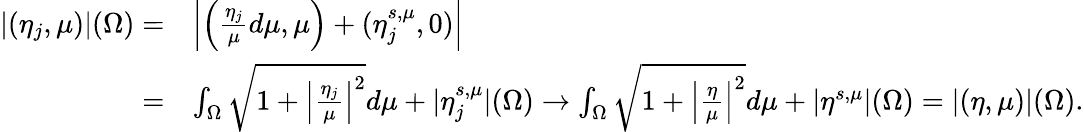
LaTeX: \begin{array}{rl}{|(\eta_{j},\mu)|(\Omega)=}&{\left|\left(\frac{\eta_{j}}{\mu}d\mu,\mu\right)+(\eta_{j}^{s,\mu},0)\right|}\\ {=}&{\int_{\Omega}\sqrt{1+\left|\frac{\eta_{j}}{\mu}\right|^{2}}d\mu+|\eta_{j}^{s,\mu}|(\Omega)\to\int_{\Omega}\sqrt{1+\left|\frac{\eta}{\mu}\right|^{2}}d\mu+|\eta^{s,\mu}|(\Omega)=|(\eta,\mu)|(\Omega).}\end{array}